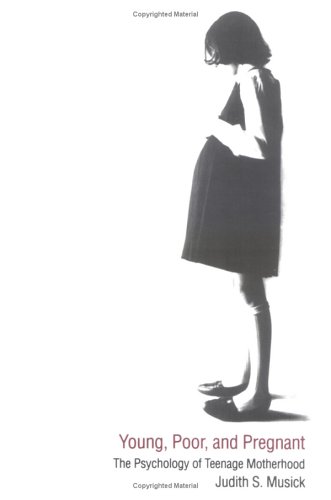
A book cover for Young, Poor, and Pregnant: The Psychology of Teenage Motherhood; Judith S. Musick; Gay & Lesbian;